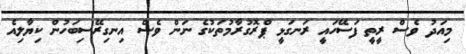
މިއަދު ވެސް ރީތީ ފަސޭހައީ ރަނގަޅީ ޕްރޮގުރާމުތަކުގެ ނަން ވެސް އިނގިރޭސިބަހުން ކިޔާލިއެ